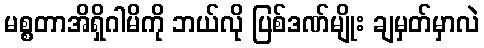
မစ္စတာအိရှိဂါမိကို ဘယ်လို ပြစ်ဒဏ်မျိုး ချမှတ်မှာလဲ